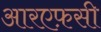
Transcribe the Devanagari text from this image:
आरएफ़सी